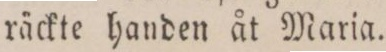
räckte handen åt Maria.